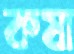
কষা